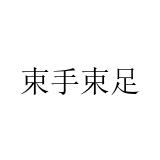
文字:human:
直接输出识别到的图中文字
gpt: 束手束足